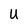
Character: u